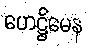
ဟေဋ္ဌိမေန